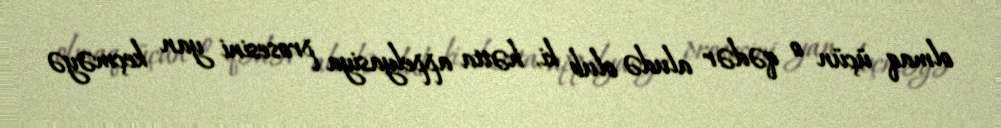
olmaq üçün o qədər aludə olub ki, hətta appelyasiya prosesini yan keçməyə